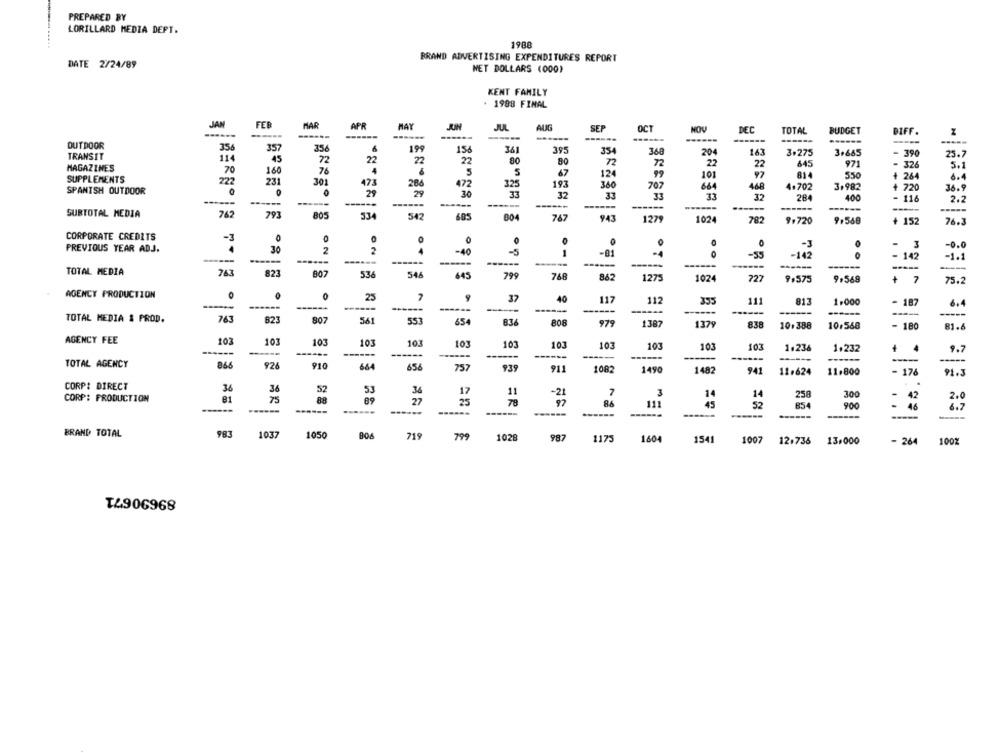
PREPARED BY
LORILLARD MEDIA DEPT.
1988
BRAND ADVERTISING EXPENDITURES REPORT
DATE 2/24/89
WET DOLLARS (000)
KENT FAMILY
1988 FINAL
JAN
FEB
MAR
APR
MAY
JUL
AUG
SEP
OCT
HOV
DEC
------
-----
TOTAL
BUDGET
BIFF
------
------
------
-----
OUTDOOR
35
357
356
199
156
361
395
35
368
16:
3.275
TRANSIT
114
45
72
22
23
80
204
3+665
390
25.7
22
90
72
72
22
22
645
971
- 326
5.1
MAGAZINES
70
160
76
4
5
5
67
12
99
101
97
814
+ 264
SUPPLEMENTS
222
231
301
550
6.4
473
286
477
325
193
360
707
664
EE
468
4.702
3,982
+ 720
36.9
SPANISH OUTDOOR
O
2
29
30
32
33
32
-----
------
33
284
400
- 116
2.2
-----
SUBTOTAL MEDIA
762
793
805
534
542
605
804
767
943
1279
1024
782
9.720
9.568
+ 152
76.3
CORPORATE CREDITS
-3
0
0
0
0
PREVIOUS YEAR ADJ.
30
2
2
-3
- 3
-0.0
-40
-5
-81
-55
-142
- 142
-1.1
------
------
------
------
------
TOTAL MEDIA
763
823
------
807
536
546
645
799
768
862
1275
1024
227
9.575
9.569
7
+
75.2
AGENCY PRODUCTION
23
9
37
40
117
117
355
111
813
1.000
- 187
------
------
6,4
-----
TOTAL MEDIA & PROD.
763
82
807
561
553
654
83
808
979
1387
1379
838
10.388
10.568
- 180
81.6
AGENCY FEE
10
103
103
101
101
103
103
103
103
103
103
103
1.236
------
------
------
1.232
9.7
-----
TOTAL AGENCY
866
92
664
656
757
93
911
1082
1490
1482
941
- 176
11.624
11.800
91.3
CORP: DIRECT
36
52
34
17
11
-21
7
3
CORP: PRODUCTION
81
75
27
25
14
14
25
300
-
42
2.0
97
111
45
52
854
900
46
6.7
------
------
------
------
-----
------
BRAND TOTAL
983
1037
1050
219
799
1028
987
1175
1604
1541
1007
12.736
13,000
- 264
100%
T4906968